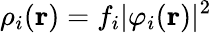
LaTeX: \rho_{i}(\mathbf{r})=f_{i}\vert\varphi_{i}(\mathbf{r})\vert^{2}